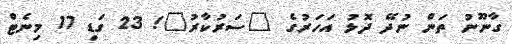
ގާނޫނު ތަން ނުދޭ ދޮޅު އަހަރުގެ "ސަރުކާރު"! 23 ގަޑި 17 މިނެޓް